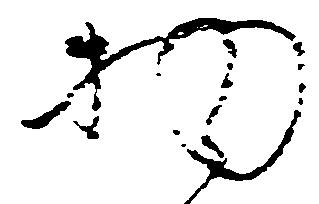
物